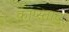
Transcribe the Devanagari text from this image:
काप्स्ताद